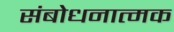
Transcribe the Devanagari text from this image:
संबोधनात्मक